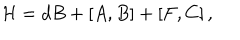
LaTeX: { \cal H } = d B + \left[ A , B \right] + \left[ F , C \right] ,